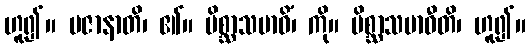
ဟူ၍။ ပဇာနာတိ၊ ၏။ မိစ္ဆာသမာဓိံ၊ ကို။ မိစ္ဆာသမာဓီတိ၊ ဟူ၍။